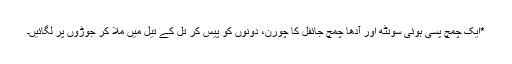
*ایک چمچ پسی ہوئی سونٹھ اور آدھا چمچ جائفل کا چورن، دونوں کو پیس کر تل کے تیل میں ملا کر جوڑوں پر لگائیں۔